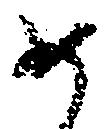
め